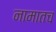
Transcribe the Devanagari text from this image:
नामातच